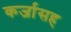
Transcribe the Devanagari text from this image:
कर्जासह